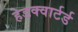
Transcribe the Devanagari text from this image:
हेडक्वार्टर्ड